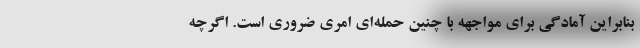
بنابراین آمادگی برای مواجهه با چنین حمله‌ای امری ضروری است. اگرچه